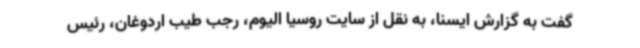
گفت به گزارش ایسنا، به نقل از سایت روسیا الیوم، رجب طیب اردوغان، رئیس